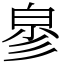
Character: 㣎